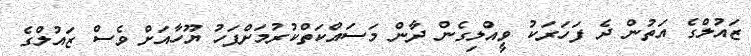
ޒައުލްގެ އަތުން ދެ ފަހަރަކު ވީއްލިގެން ދާން މަސައްކަތްކުރުމަށްފަހު ޔޫހާއަށް ވެސް ޒައުލްގެ